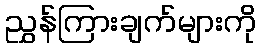
ညွှန်ကြားချက်များကို